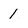
Character: 1